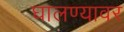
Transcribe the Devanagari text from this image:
घालण्यावर